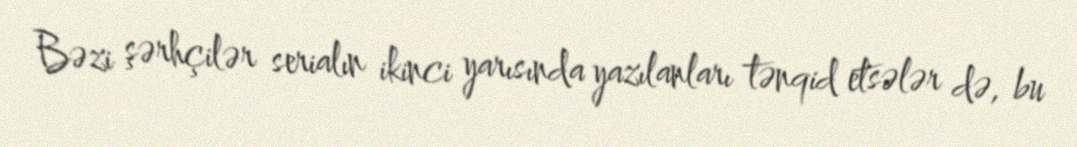
Bəzi şərhçilər serialın ikinci yarısında yazılanları tənqid etsələr də, bu